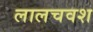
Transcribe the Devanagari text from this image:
लालचवश